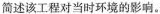
简述该工程对当时环境的影响。